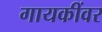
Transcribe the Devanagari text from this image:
गायकींवर